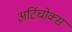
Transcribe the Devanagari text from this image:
अर्टिचोक्स